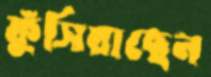
ফুঁসিয়াছেন